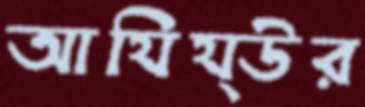
আযিয্উর